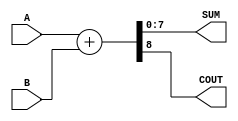
module ParameterizedAdder #(
    parameter WIDTH = 8  // Default bit-width is 8
)(
    input  [WIDTH-1:0] A,   // Input A
    input  [WIDTH-1:0] B,   // Input B
    output [WIDTH-1:0] SUM,  // Output SUM
    output COUT              // Carry-out
);

    // Perform the addition
    assign {COUT, SUM} = A + B; // Concatenate carry-out with the sum

endmodule